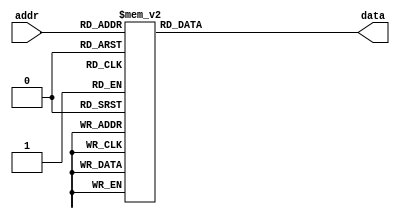

module ROM_sevenSegment
 #(
 parameter addr_width = 16, 
 addr_bits = 4, 
 data_width = 7 
 )
 (
input wire [addr_bits-1:0] addr,
output reg [data_width-1:0] data 
);
always @*
 begin
 case(addr)
 4'b0000 : data = 7'b1000000; 
 4'b0001 : data = 7'b1111001; 
4'b0010 : data = 7'b0100100; 
 4'b0011 : data = 7'b0110000; 
4'b0100 : data = 7'b0011001; 
 4'b0101 : data = 7'b0010010; 
 4'b0110 : data = 7'b0000010; 
 4'b0111 : data = 7'b1111000; 
4'b1000 : data = 7'b0000000; 
 4'b1001 : data = 7'b0010000; 
 4'b1010 : data = 7'b0001000; 
   4'b1011 : data = 7'b0000011; 
   4'b1100 : data = 7'b1000110; 
 4'b1101 : data = 7'b0100001; 
 4'b1110 : data = 7'b0000110; 
 default : data = 7'b0001110; 
endcase
 end

 endmodule